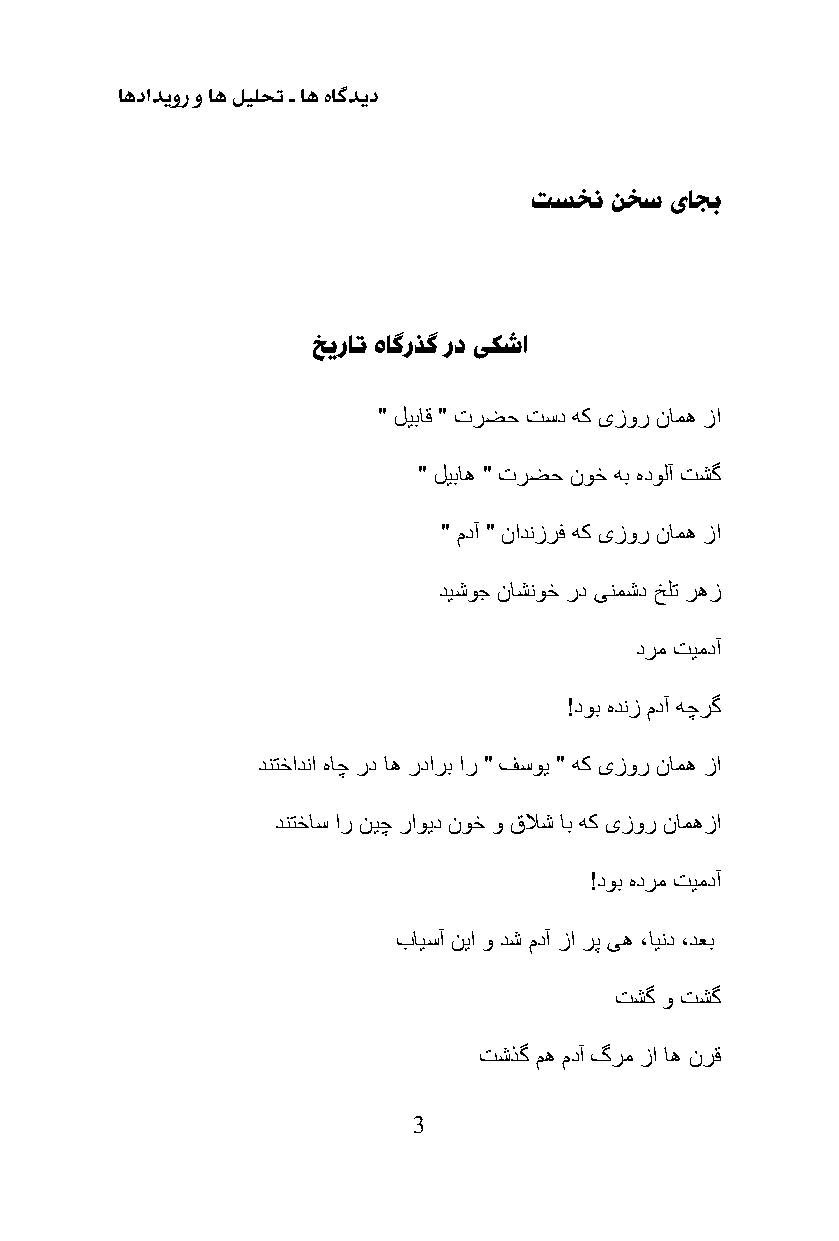
اهدادیور و اه لیلحت ـ اه هاگدید
 تسخن نخس ىاجب
 خیرات هاگرذگ رد ىكشا
 " لیباق " ترضح تسد هك ىزور نامه زا
 " لیباه " ترضح نوخ هب هدولآ تشگ
 " مدآ " نادنزرف هك ىزور نامه زا
 دیشوج ناشنوخ رد ىنمشد خلت رهز
 درم تیمدآ
 !دوب هدنز مدآ هچرگ
 دنتخادنا هاچ رد اه ردارب ار " فسوی " هك ىزور نامه زا
 دنتخاس ار نیچ راوید نوخ و قلاش اب هك ىزور نامهزا
 !دوب هدرم تیمدآ
 بایسآ نیا و دش مدآ زا رپ ىه ،ایند ،دعب
 تشگ و تشگ
 تشذگ مه مدآ گرم زا اه نرق
 3